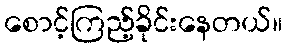
စောင့်ကြည့်ခိုင်းနေတယ်။